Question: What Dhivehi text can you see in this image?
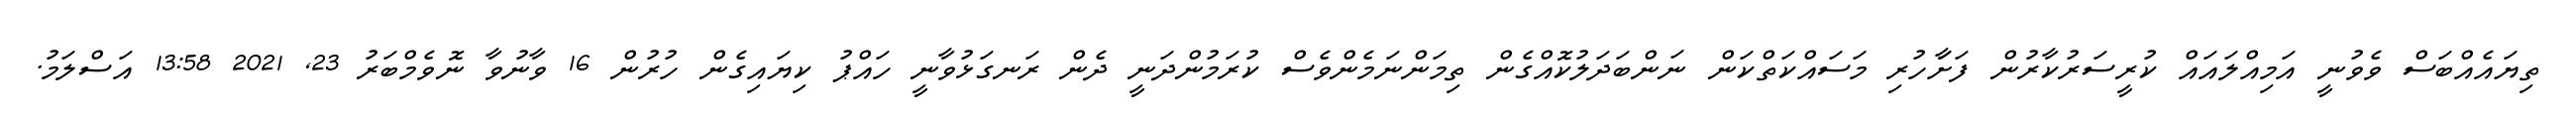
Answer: ތިޔައެއްބަސް ވެވުނީ އަމިއްލައައް ކުރީސަރުކާރުން ފަށާަހުރި މަސައްކަތްކަން ނަންބަދަލުކޮއްގެން ތިމަންނަމެންވެސް ކުރަމުންދަނީ ދެން ރަނގަޅުވާނީ ހައްޕު ކިޔައިގެން ހުރުން 16 ވާނުވާ ނޮވެމްބަރު 23, 2021 13:58 އަސްލަމު.